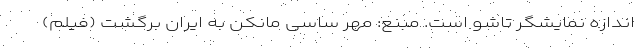
اندازه نمایشگر تاشو است. مبنع: مهر ساسی مانکن به ایران برگشت (فیلم)